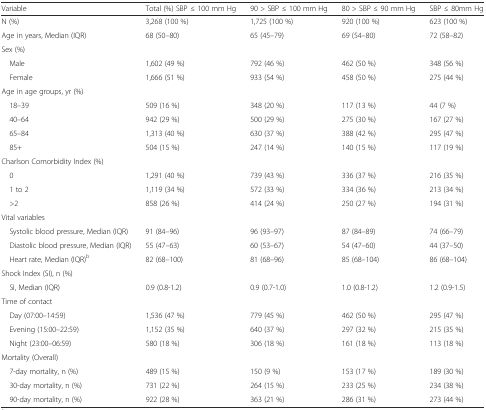
<table><thead><tr><td><b>Variable</b></td><td><b>Total (%) SBP ≤ 100 mm Hg</b></td><td><b>90 &gt; SBP ≤ 100 mm Hg</b></td><td><b>80 &gt; SBP ≤ 90 mm Hg</b></td><td><b>SBP ≤ 80mm Hg</b></td></tr></thead><tbody><tr><td>N (%)</td><td>3,268 (100 %)</td><td>1,725 (100 %)</td><td>920 (100 %)</td><td>623 (100 %)</td></tr><tr><td>Age in years, Median (IQR)</td><td>68 (50–80)</td><td>65 (45–79)</td><td>69 (54–80)</td><td>72 (58–82)</td></tr><tr><td>Sex (%)</td><td></td><td></td><td></td><td></td></tr><tr><td>Male</td><td>1,602 (49 %)</td><td>792 (46 %)</td><td>462 (50 %)</td><td>348 (56 %)</td></tr><tr><td>Female</td><td>1,666 (51 %)</td><td>933 (54 %)</td><td>458 (50 %)</td><td>275 (44 %)</td></tr><tr><td>Age in age groups, yr (%)</td><td></td><td></td><td></td><td></td></tr><tr><td>18–39</td><td>509 (16 %)</td><td>348 (20 %)</td><td>117 (13 %)</td><td>44 (7 %)</td></tr><tr><td>40–64</td><td>942 (29 %)</td><td>500 (29 %)</td><td>275 (30 %)</td><td>167 (27 %)</td></tr><tr><td>65–84</td><td>1,313 (40 %)</td><td>630 (37 %)</td><td>388 (42 %)</td><td>295 (47 %)</td></tr><tr><td>85+</td><td>504 (15 %)</td><td>247 (14 %)</td><td>140 (15 %)</td><td>117 (19 %)</td></tr><tr><td>Charlson Comorbidity Index (%)</td><td></td><td></td><td></td><td></td></tr><tr><td>0</td><td>1,291 (40 %)</td><td>739 (43 %)</td><td>336 (37 %)</td><td>216 (35 %)</td></tr><tr><td>1 to 2</td><td>1,119 (34 %)</td><td>572 (33 %)</td><td>334 (36 %)</td><td>213 (34 %)</td></tr><tr><td>&gt;2</td><td>858 (26 %)</td><td>414 (24 %)</td><td>250 (27 %)</td><td>194 (31 %)</td></tr><tr><td>Vital variables</td><td></td><td></td><td></td><td></td></tr><tr><td>Systolic blood pressure, Median (IQR)</td><td>91 (84–96)</td><td>96 (93–97)</td><td>87 (84–89)</td><td>74 (66–79)</td></tr><tr><td>Diastolic blood pressure, Median (IQR)</td><td>55 (47–63)</td><td>60 (53–67)</td><td>54 (47–60)</td><td>44 (37–50)</td></tr><tr><td>Heart rate, Median (IQR)<sup>b</sup></td><td>82 (68–100)</td><td>81 (68–96)</td><td>85 (68–104)</td><td>86 (68–104)</td></tr><tr><td>Shock Index (SI), n (%)</td><td></td><td></td><td></td><td></td></tr><tr><td>SI, Median (IQR)</td><td>0.9 (0.8-1.2)</td><td>0.9 (0.7-1.0)</td><td>1.0 (0.8-1.2)</td><td>1.2 (0.9-1.5)</td></tr><tr><td>Time of contact</td><td></td><td></td><td></td><td></td></tr><tr><td>Day (07:00–14:59)</td><td>1,536 (47 %)</td><td>779 (45 %)</td><td>462 (50 %)</td><td>295 (47 %)</td></tr><tr><td>Evening (15:00–22:59)</td><td>1,152 (35 %)</td><td>640 (37 %)</td><td>297 (32 %)</td><td>215 (35 %)</td></tr><tr><td>Night (23:00–06:59)</td><td>580 (18 %)</td><td>306 (18 %)</td><td>161 (18 %)</td><td>113 (18 %)</td></tr><tr><td>Mortality (Overall)</td><td></td><td></td><td></td><td></td></tr><tr><td>7-day mortality, n (%)</td><td>489 (15 %)</td><td>150 (9 %)</td><td>153 (17 %)</td><td>189 (30 %)</td></tr><tr><td>30-day mortality, n (%)</td><td>731 (22 %)</td><td>264 (15 %)</td><td>233 (25 %)</td><td>234 (38 %)</td></tr><tr><td>90-day mortality, n (%)</td><td>922 (28 %)</td><td>363 (21 %)</td><td>286 (31 %)</td><td>273 (44 %)</td></tr></tbody></table>